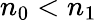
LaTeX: n_{0}<n_{1}